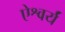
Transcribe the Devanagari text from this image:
ऐश्वर्यं